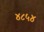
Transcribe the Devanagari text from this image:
४८५४